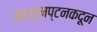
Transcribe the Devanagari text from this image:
साउद्मप्टनकदून